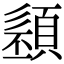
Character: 𩓭